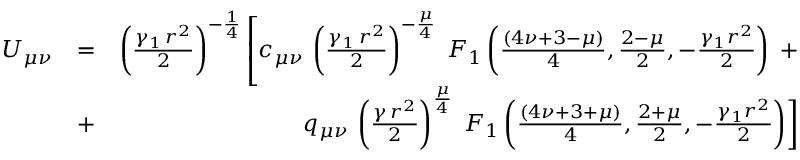
\begin{array} { r l r } { U _ { \mu \nu } } & { = } & { \left( { \frac { \gamma _ { 1 } \, r ^ { 2 } } { 2 } } \right) ^ { - \frac { 1 } { 4 } } \left[ c _ { \mu \nu } \, \left( { \frac { \gamma _ { 1 } \, r ^ { 2 } } { 2 } } \right) ^ { - \frac { \mu } { 4 } } \; F _ { 1 } \left( \frac { ( 4 \nu + 3 - \mu ) } { 4 } , \frac { 2 - \mu } { 2 } , - \frac { \gamma _ { 1 } r ^ { 2 } } { 2 } \right) \right. \, + } \\ & { + } & { q _ { \mu \nu } \, \left( { \frac { \gamma \, r ^ { 2 } } { 2 } } \right) ^ { \frac { \mu } { 4 } } \, \left. F _ { 1 } \left( \frac { ( 4 \nu + 3 + \mu ) } { 4 } , \frac { 2 + \mu } { 2 } , - \frac { \gamma _ { 1 } r ^ { 2 } } { 2 } \right) \right] } \end{array}